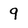
Character: 9